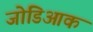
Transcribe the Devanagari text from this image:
जोडिआक